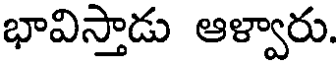
భావిస్తాడు ఆళ్వారు.